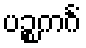
ပဉ္စကင်္ဂံ